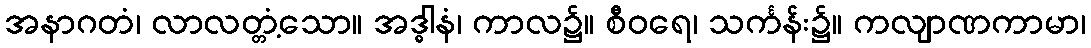
အနာဂတံ၊ လာလတ္တံ့သော။ အဒ္ဓါနံ၊ ကာလ၌။ စီဝရေ၊ သင်္ကန်း၌။ ကလျာဏကာမာ၊